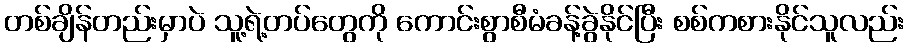
တစ်ချိန်တည်းမှာပဲ သူ့ရဲ့တပ်တွေကို ကောင်းစွာစီမံခန့်ခွဲနိုင်ပြီး စစ်ကစားနိုင်သူလည်း